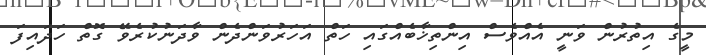
މީގެ އިތުރުން ވަނީ އެއްވެސް އިންތިޚާބެއްގައި ހަތް އަހަރުވަންދެން ވާދަނުކުރެވޭ ގޮތް ހަދައިފަ